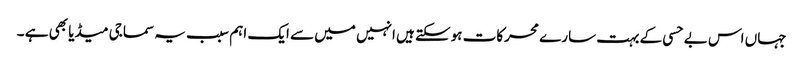
جہاں اس بے حسی کے بہت سارے محرکات ہوسکتے ہیں انہیں میں سے ایک اہم سبب یہ سماجی میڈیا بھی ہے ۔